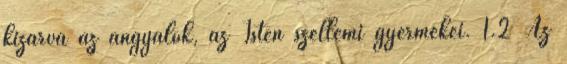
kizárva az angyalok, az Isten szellemi gyermekei. 1.2 Az